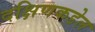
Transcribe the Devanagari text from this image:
दक्षिणकडेल